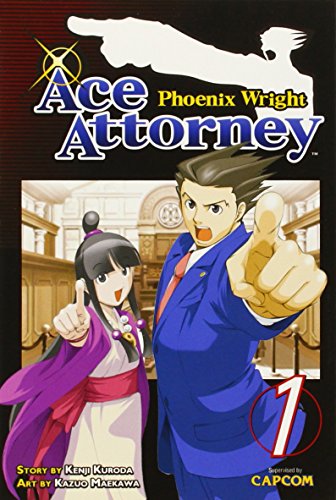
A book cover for Phoenix Wright: Ace Attorney 1; Kenji Kuroda; Comics & Graphic Novels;